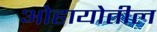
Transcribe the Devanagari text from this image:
ओहायोतील